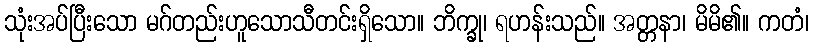
သုံးအပ်ပြီးသော မဂ်တည်းဟူသောသီတင်းရှိသော။ ဘိက္ခု၊ ရဟန်းသည်။ အတ္တနာ၊ မိမိ၏။ ကတံ၊